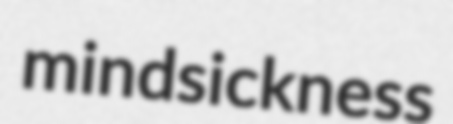
mindsickness